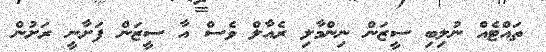
ތައްޓެއް ނުލިބި ސީޒަން ނިންމާލި ރެއާލް ވެސް އާ ސީޒަން ފަށާނީ ރަށުން